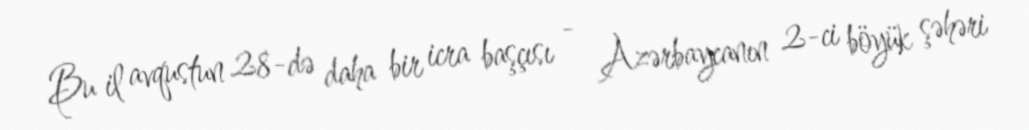
Bu il avqustun 28-də daha bir icra başçısı - Azərbaycanın 2-ci böyük şəhəri